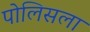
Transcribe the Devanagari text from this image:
पोलिसला